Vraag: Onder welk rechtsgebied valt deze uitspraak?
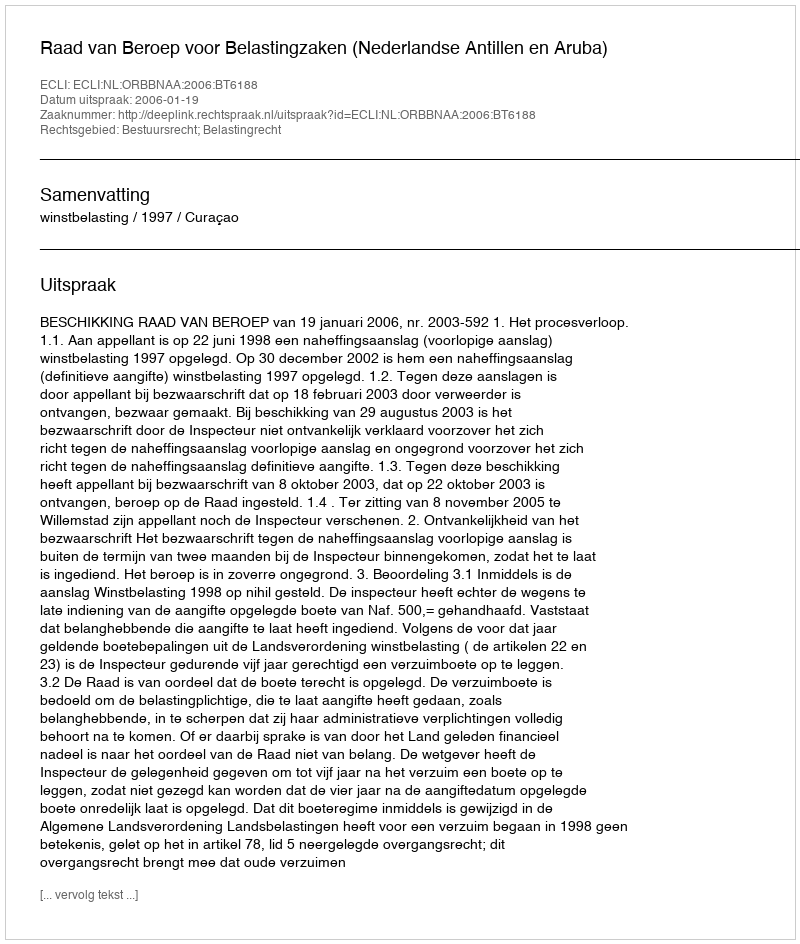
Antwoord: Bestuursrecht; Belastingrecht